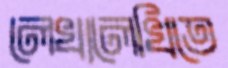
লেখালেখিতে